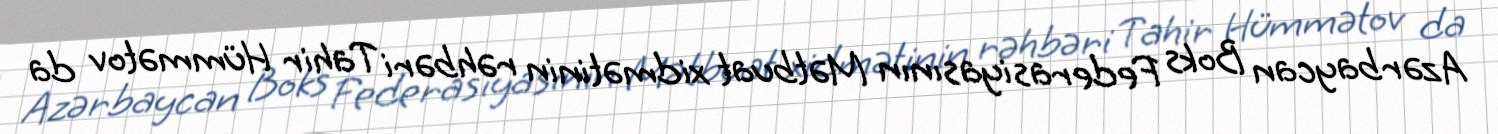
Azərbaycan Boks Federasiyasının Mətbuat xidmətinin rəhbəri Tahir Hümmətov da